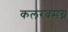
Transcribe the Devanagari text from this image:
कलरवमग्न